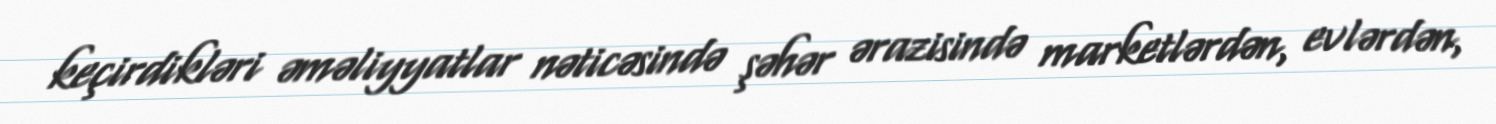
keçirdikləri əməliyyatlar nəticəsində şəhər ərazisində marketlərdən, evlərdən,